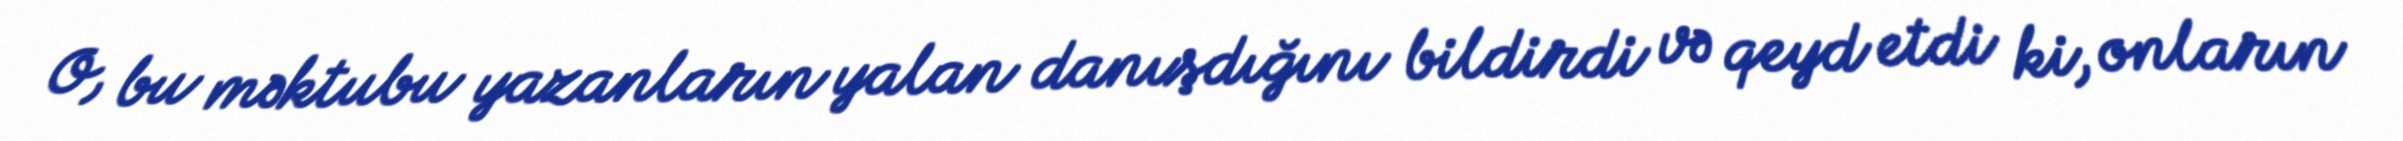
O, bu məktubu yazanların yalan danışdığını bildirdi və qeyd etdi ki, onların